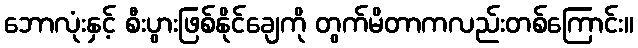
ဘောလုံးနှင့် စီးပွားဖြစ်နိုင်ချေကို တွက်မိတာကလည်းတစ်ကြောင်း။